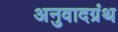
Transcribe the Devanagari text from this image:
अनुवादग्रंथ